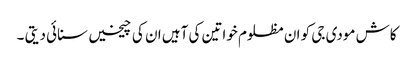
کاش مودی جی کو ان مظلوم خواتین کی آہیں ان کی چیخیں سنائی دیتی ۔